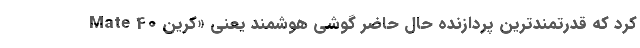
Mate 40 کرد که قدرتمندترین پردازنده حال حاضر گوشی هوشمند یعنی «کرین